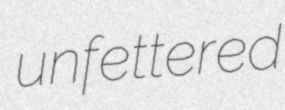
unfettered